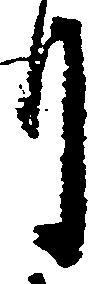
月